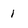
Character: 1